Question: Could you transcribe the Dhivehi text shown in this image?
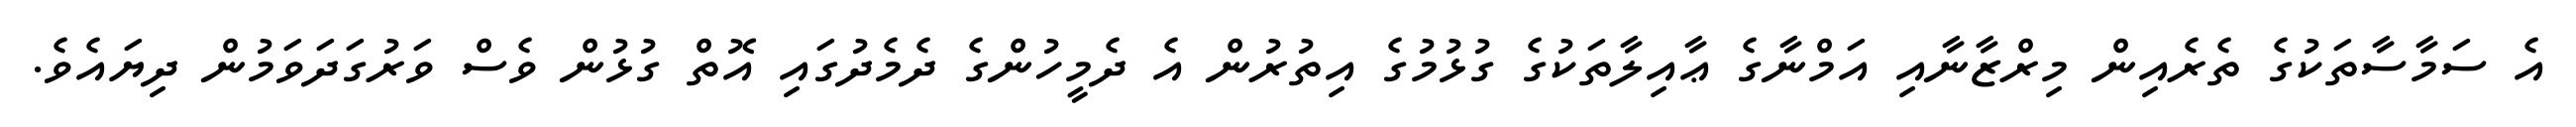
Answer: އެ ސަމާސާތަކުގެ ތެރެއިން މިރްޒާނާއި އަމްނާގެ ޢާއިލާތަކުގެ ގުޅުމުގެ އިތުރުން އެ ދެމީހުންގެ ދެމެދުގައި އޮތް ގުޅުން ވެސް ވަރުގަދަވަމުން ދިޔައެވެ.